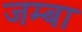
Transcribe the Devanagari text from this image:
जम्बा